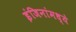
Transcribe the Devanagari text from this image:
इंजिनांमध्ये